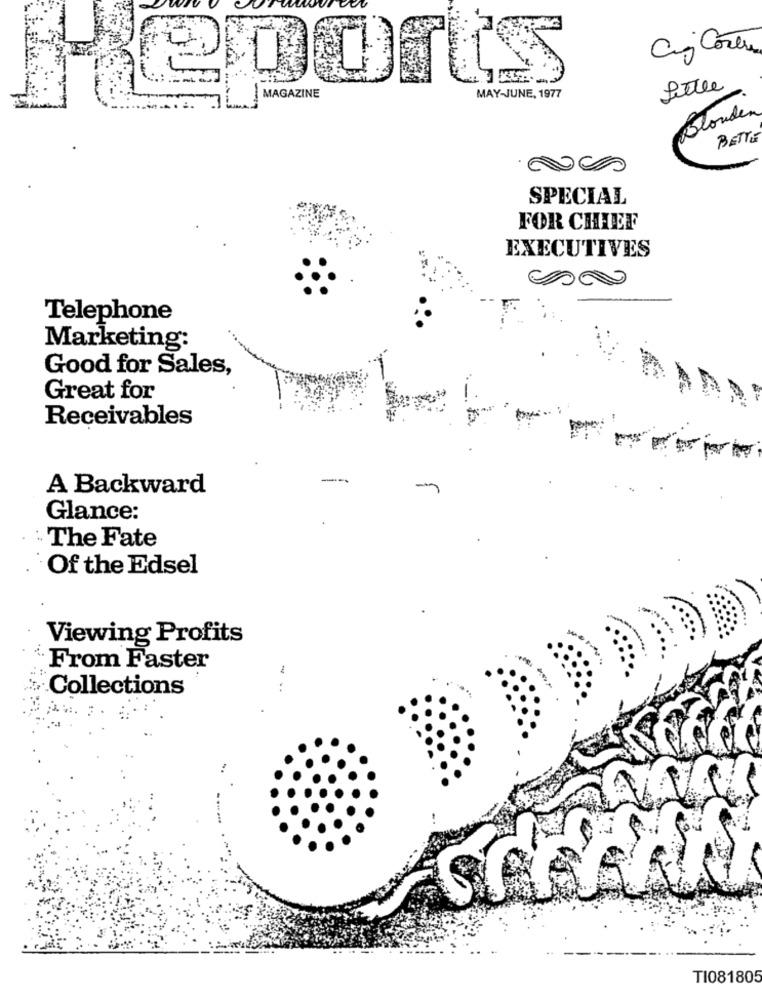
Cj Costru
Little
MAY-JUNE, 1977
---
Blonden
BETTLE
SPECIAL
FOR CHIEF
EXECUTIVES
Telephone
Marketing:
Good for Sales,
Great for
Receivables
--.
A Backward
Glance:
The Fate
Of the Edsel
Viewing Profits
From Faster
Collections
TI081805